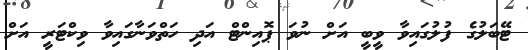
ޓޭބަލުގެ ފުލުގައިވާ ވީބީ އަށް ނުވަ ޕޮއިންޓް އަދި ހަތްވަނާގައިވާ ވިކްޓަރީ އަށް